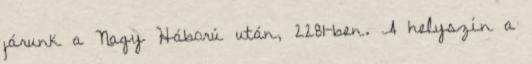
járunk a Nagy Háború után, 2281-ben. A helyszín a